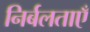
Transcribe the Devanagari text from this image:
निर्बलताएँ